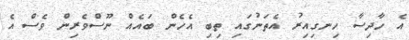
އެ ހާދިސާ ހިނގިއިރު އެތަނުގައި ތިބި އެހެން ބައެއް ނޫސްވެރިން ވެސް އެ